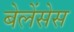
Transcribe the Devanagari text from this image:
बेलेंसेस